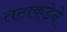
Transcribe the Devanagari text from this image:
तटाकडेने